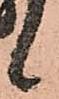
候